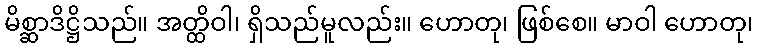
မိစ္ဆာဒိဋ္ဌိသည်။ အတ္ထိဝါ၊ ရှိသည်မူလည်း။ ဟောတု၊ ဖြစ်စေ။ မာဝါ ဟောတု၊